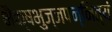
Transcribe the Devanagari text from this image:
भैक्षभुज्जपन्नित्यं